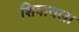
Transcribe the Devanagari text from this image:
शिवायला